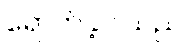
ရောက်ခဲ့ပါသည်